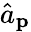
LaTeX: {\hat{a}}_{\mathbf{p}}